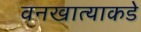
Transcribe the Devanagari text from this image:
वनखात्याकडे